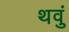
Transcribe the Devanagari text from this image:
थवुं